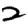
Digit: 2